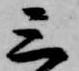
三